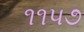
૧૧૫૭